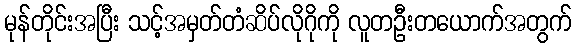
မုန်တိုင်းအပြီး သင့်အမှတ်တံဆိပ်လိုဂိုကို လူတဦးတယောက်အတွက်